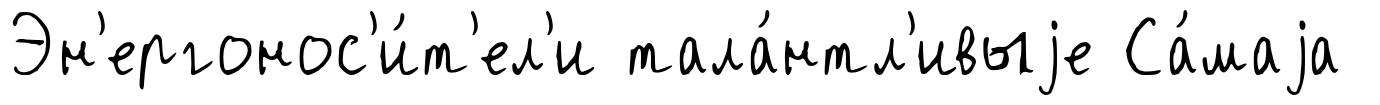
Эн'ергонос'и́т'ел'и тала́нтл'ивыjе Са́маjа